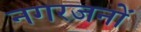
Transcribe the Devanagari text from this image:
नगरजनों